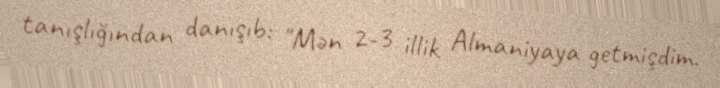
tanışlığından danışıb: "Mən 2-3 illik Almaniyaya getmişdim.